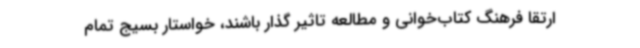
ارتقا فرهنگ کتاب‌خوانی و مطالعه تاثیر گذار باشند، خواستار بسیج تمام